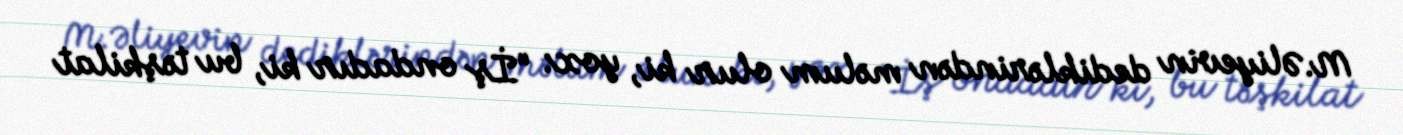
M.Əliyevin dediklərindən məlum olur ki, yox: “İş ondadır ki, bu təşkilat